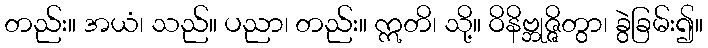
တည်း။ အယံ၊ သည်။ ပညာ၊ တည်း။ ဣတိ၊ သို့။ ဝိနိဗ္ဘုဇ္ဇိတွာ၊ ခွဲခြမ်း၍။